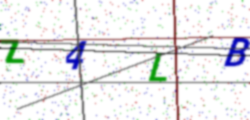
Text: Z4LB